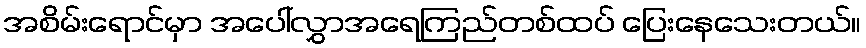
အစိမ်းရောင်မှာ အပေါ်လွှာအရေကြည်တစ်ထပ် ပြေးနေသေးတယ်။